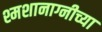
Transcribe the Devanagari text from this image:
श्मशानाग्नीच्या